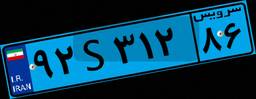
۱۲S۶۰۹۶۵